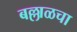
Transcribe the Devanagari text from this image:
बल्लाळचा